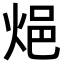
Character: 𨚊